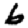
Digit: 6